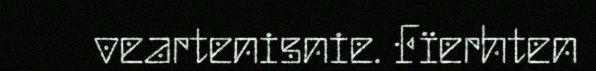
veartenisnie. Fïerhten